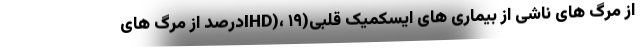
از مرگ های ناشی از بیماری های ایسکمیک قلبی(IHD)، ۱۹درصد از مرگ های